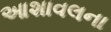
આશાવલના